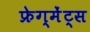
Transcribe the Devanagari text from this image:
फ्रेग्मेंट्स